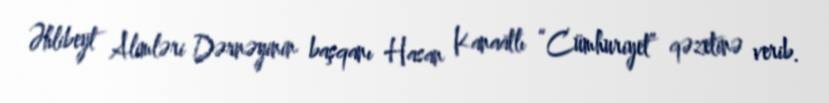
Əhlibeyt Alimləri Dərnəyinin başqanı Hasan Kanaatlı “Cümhuriyet” qəzetinə verib.